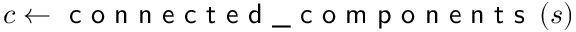
c \gets \textsf { c o n n e c t e d \_ c o m p o n e n t s } \left( s \right)